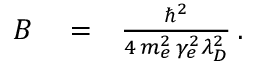
\begin{array} { r l r } { B } & { { } = } & { \frac { \hbar ^ { 2 } } { 4 \, m _ { e } ^ { 2 } \, \gamma _ { e } ^ { 2 } \lambda _ { D } ^ { 2 } } \, . } \end{array}